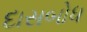
દાસબોધ